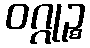
ဝဂ္ဂုဉ္စ